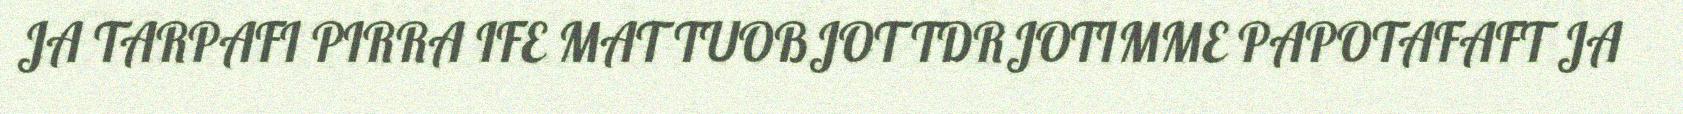
JA TARPAFI PIRRA IFE MAT TUOBJOT TDRJOTIMME PAPOTAFAFT JA